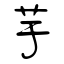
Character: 芋